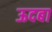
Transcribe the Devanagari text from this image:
ऊदबा